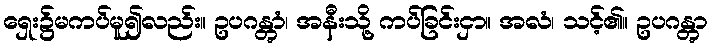
ရှေး၌မကပ်မူ၍လည်း။ ဥပဂန္တွာံ၊ အနီးသို့ ကပ်ခြင်းငှာ။ အလံ၊ သင့်၏။ ဥပဂန္တွာ